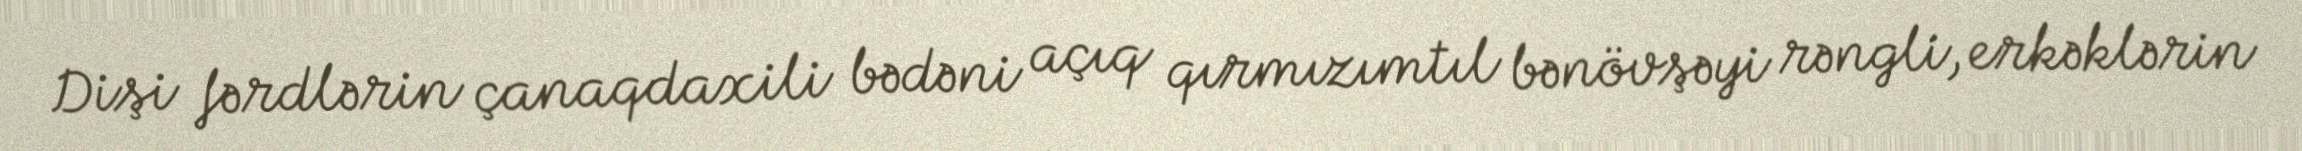
Dişi fərdlərin çanaqdaxili bədəni açıq qırmızımtıl bənövşəyi rəngli, erkəklərin